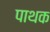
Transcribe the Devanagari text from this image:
पाथक